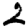
Digit: 2